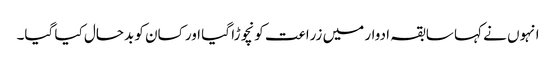
انہوں نے کہا سابقہ ادوار میں زراعت کو نچوڑا گیا اور کسان کو بدحال کیا گیا۔